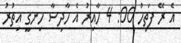
އެ ރޭ ފަތިހު 00: 4 ހާއިރު އެ ހާދިސާ ހިނގީ އިތުރު